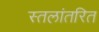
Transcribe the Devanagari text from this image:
स्तलांतरित